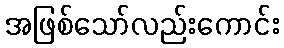
အဖြစ်သော်လည်းကောင်း